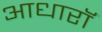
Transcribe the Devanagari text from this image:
आधारॉ